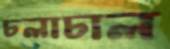
চলাচাল